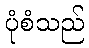
ပုံစံသည်